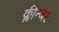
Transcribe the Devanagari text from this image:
क्लीन्जर